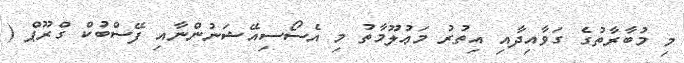
މި މުބާރާތުގެ ގަވާއިދާއި އިތުރު މަޢުލޫމާތު މި އެސޯސިއޭޝަނުންނާއި ފޭސްބުކް ގްރޫޕް (